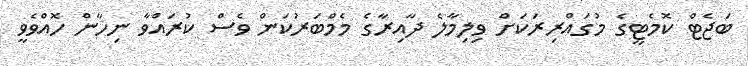
ބަޖެޓް ކޮމެޓީގެ މުގައްރިރަކަށް ވިލިމާލެ ދާއިރާގެ މެމްބަރުކަން ވެސް ކުރައްވާ ނިހާން ހޮއްވެވީ